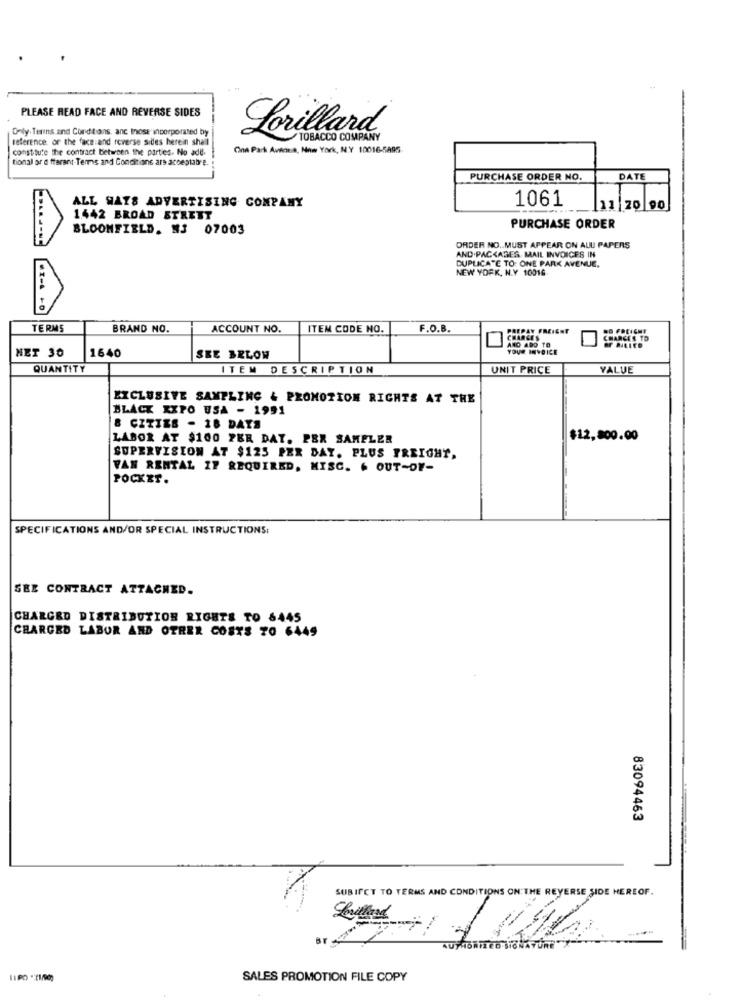
PLEASE READ FACE AND REVERSE SIDES
Only. Terms and Conditions, anc those'incorporated by
Lorillard
reference on the face and reverse sides herein shall
TOBACCO COMPANY
constitute the contract between the parties. No ade.
One Park Aveona, New York, N.Y 10016-5895
tional ar e fferant-Terms and Conditions ars acceptabre
PURCHASE ORDER NO.
DATE
1061
ALL WAYS ADVERTISING COMPANY
11 20 90
1442 BROAD STRETT
BLOOMFIELD. 3 07003
PURCHASE ORDER
ORDER NO .. MUST APPEAR ON ALU PAPERS
AND.PACKAGES MAIL INVOICES IN
DUPLICATE TO: ONE PARK AVENUE.
NEW YORK, N.Y 10016.
TERMS
BRAND NO.
ACCOUNT NO.
ITEM CODE NO.
F.O.B.
PREPAY FREIGHT
ANO ADO TO
CHARGES
NET 30
1640
YOUR INVOICE
SEE BELOW
QUANTITY
ITEM DESCRIPTION
UNIT PRICE
VALUE
EXCLUSIVE SAMPLING & PROMOTION RIGHTS AT THE
BLACK XXPO USA - 1991
8 CITIES - 18 DAYS
LABOR AT $100 PER DAY. PER SAMPLER
$12,800.00
SUPERVISION AT $125 PER DAY. PLUS FREIGHT,
VAN RENTAL IF REQUIRED, MISC. & OUT-OF-
POCKET.
SPECIFICATIONS AND/OR SPECIAL INSTRUCTIONS:
SEE CONTRACT ATTACHED.
CHARGED DISTRIBUTION RIGHTS TO 6445
CHARGED LABOR AND OTHER COSTS TO 6449
83094463
SUBIFCT TO TERMS AND CONDITIONS ON THE REVERSE SIDE HEREOF.
SALES PROMOTION FILE COPY